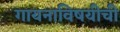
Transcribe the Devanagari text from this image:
गायनाविषयीची